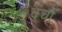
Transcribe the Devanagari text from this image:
दंचो